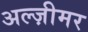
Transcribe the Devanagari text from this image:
अल्ज़ीमर